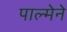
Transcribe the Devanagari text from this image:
पाल्मेने